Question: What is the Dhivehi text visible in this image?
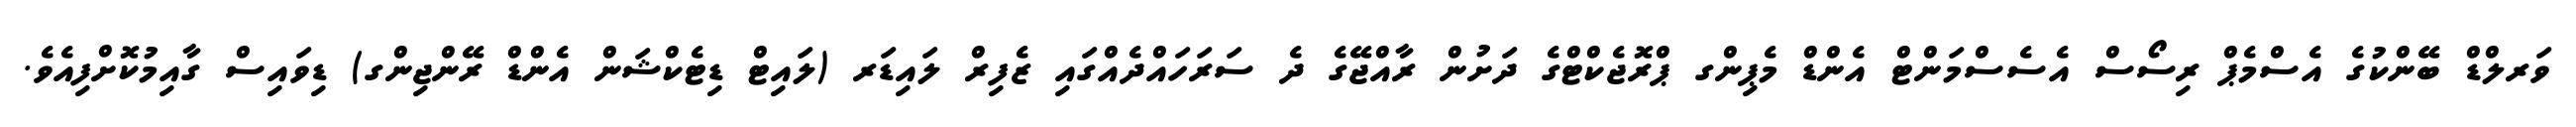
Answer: ވަރލްޑް ބޭންކުގެ އެސްމެޕް ރިސޯސް އެސެސްމަންޓް އެންޑް މެޕިންގ ޕްރޮޖެކްޓްގެ ދަށުން ރާއްޖޭގެ ދެ ސަރަހައްދެއްގައި ޒެފިރް ލައިޑަރ (ލައިޓް ޑިޓެކްޝަން އެންޑް ރޭންޖިންގ) ޑިވައިސް ގާއިމުކޮށްފިއެވެ.